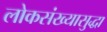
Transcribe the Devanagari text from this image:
लोकसंख्यासुद्धा